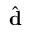
\hat { \mathbf { d } }